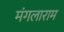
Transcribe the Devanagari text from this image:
मंगलाराम